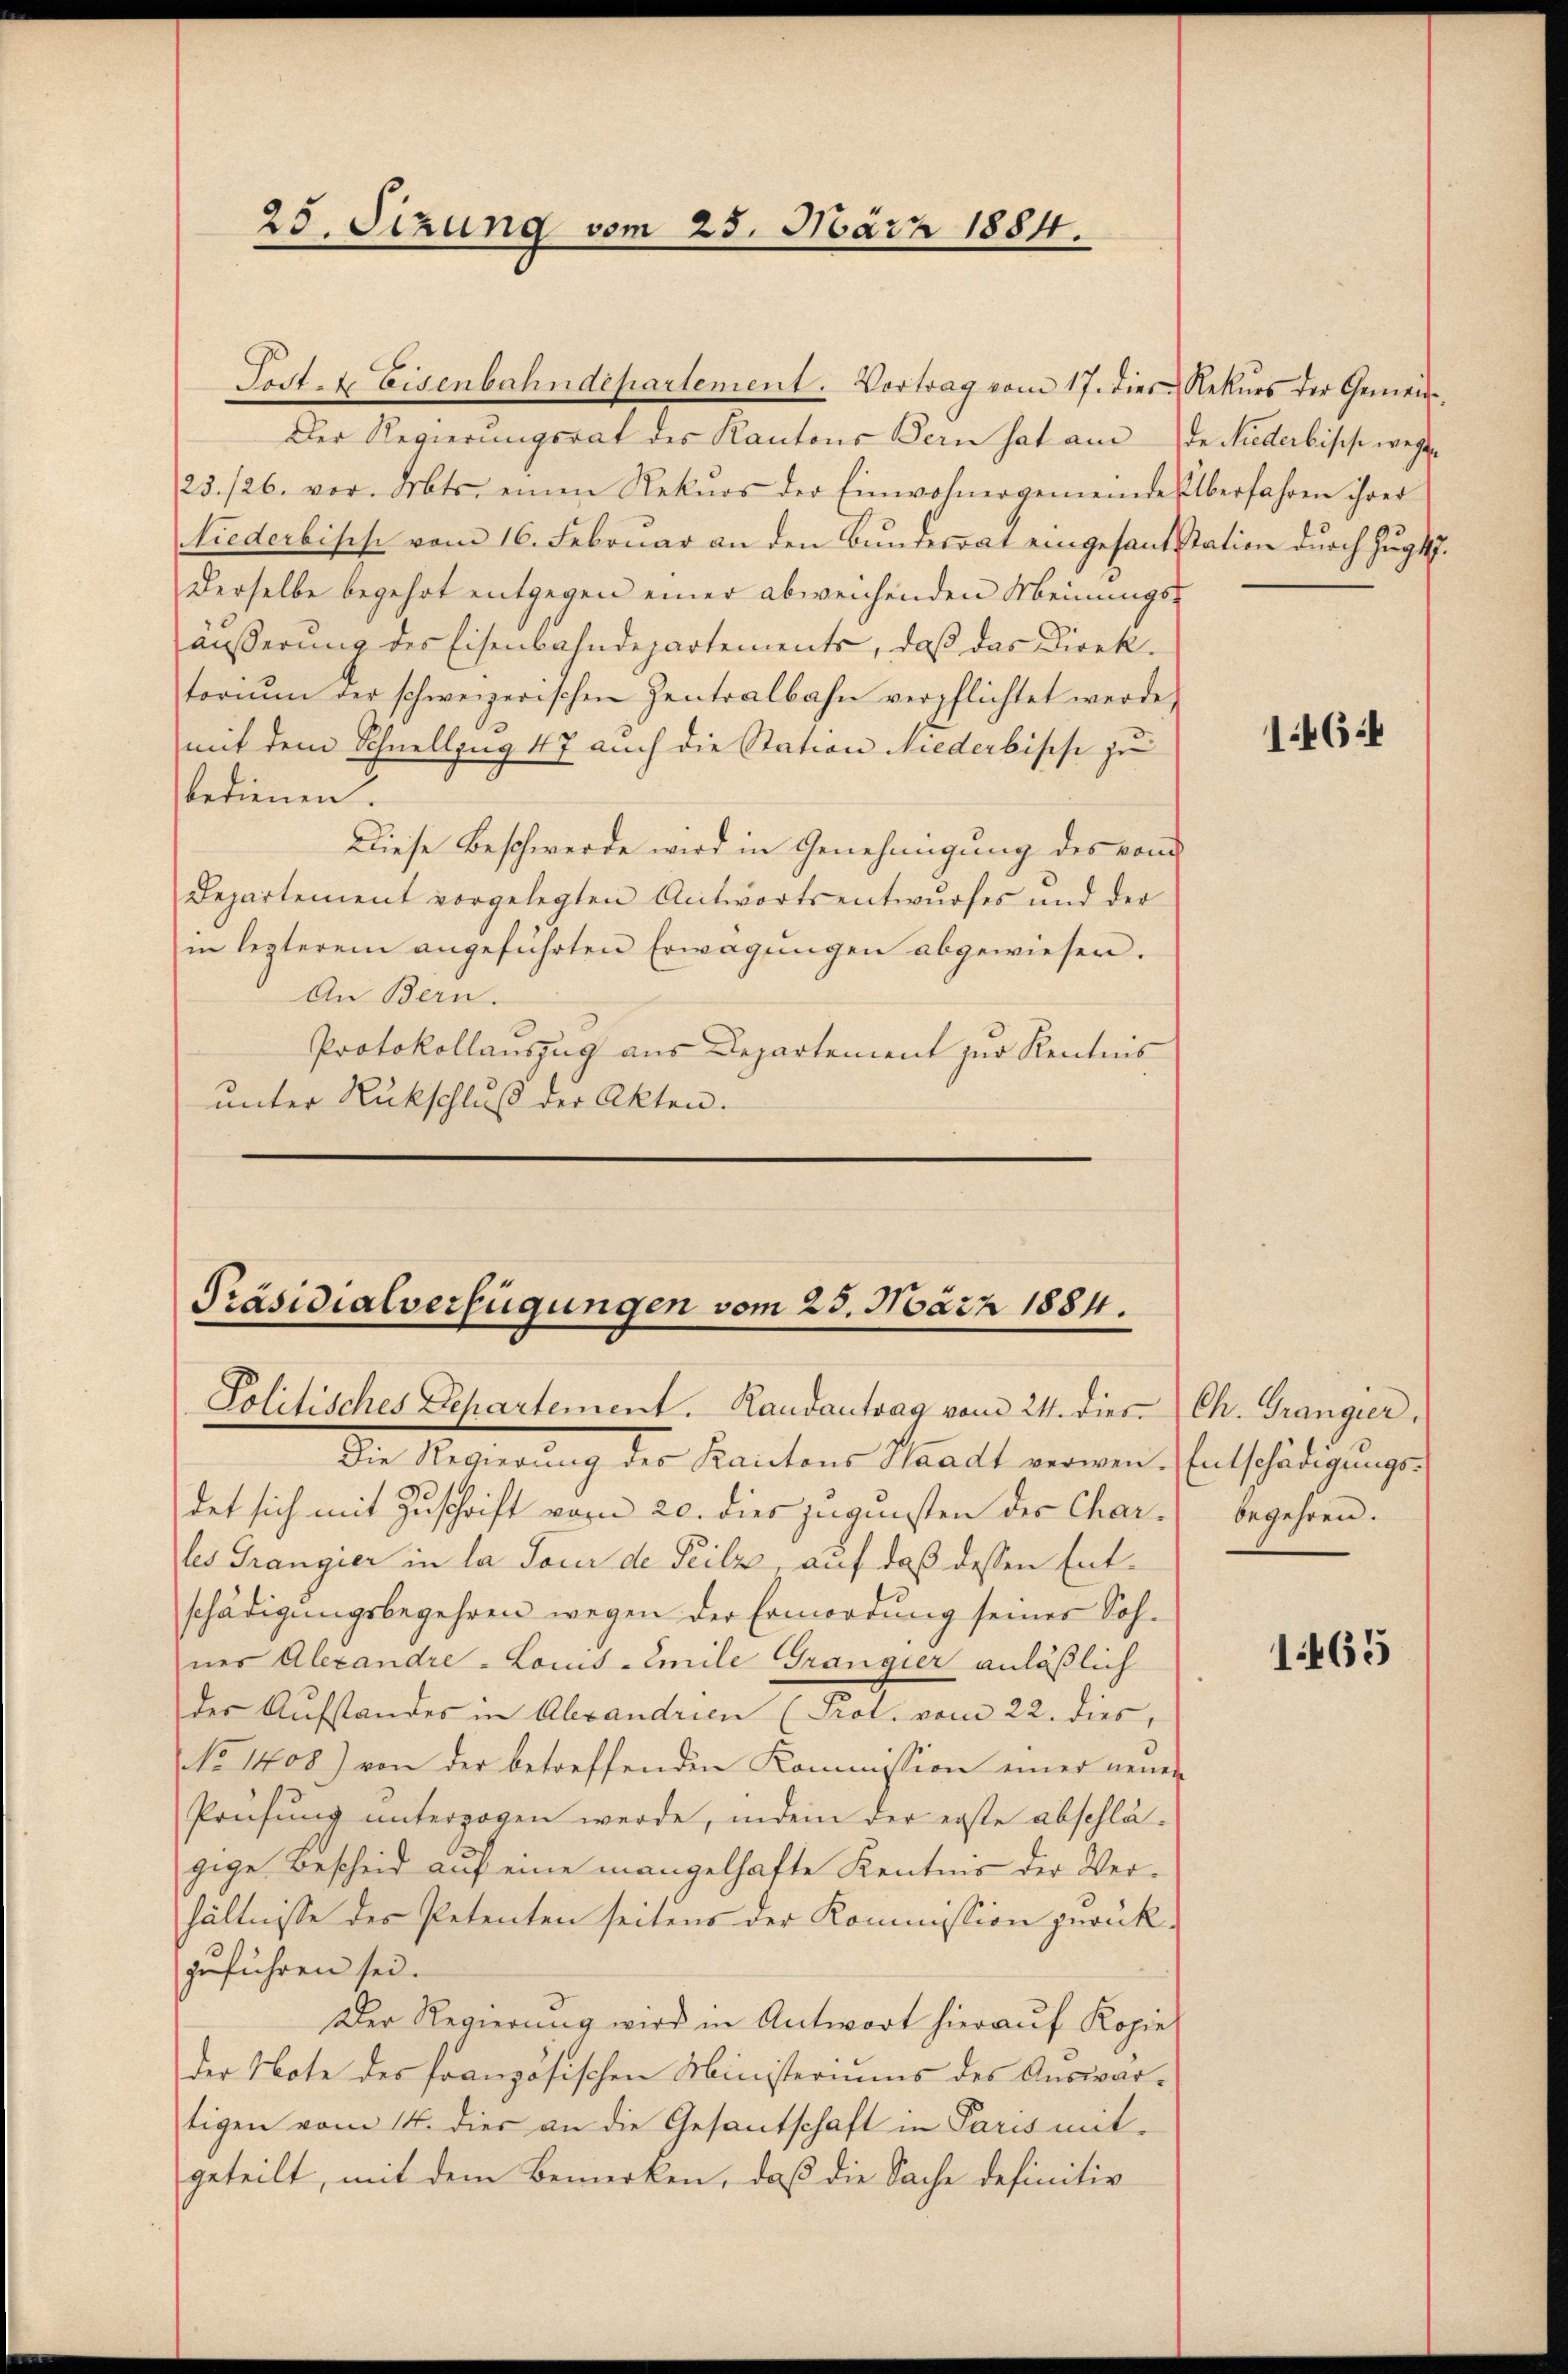
25. Sizung vom 25. März 1884.

Der Regierungsrat des Kantons Bern hat am
23./26. vor. Orts einen Rekŭrs der Einwohnergemeinde Überfahren ihrer
Niederbische vom 16. Februar an den Bŭndesrat eingesandt
derselbe begehrt entgegen einer abweichenden Meinungs-
äusserung des Eisenbahndepartements, daβ das Direktoriŭm der schweizerischen Zentralbahn verpflichtet werde,
mit dem Schnellzug 17 auch die Station Niederbische zu
bedienen.
Diese Beschwerde wird in Genehmigung des vom
Departement vorgelegten Antwortsentwurfes und der
in lezterem angeführten Erwägungen abgewiesen.
An Bern.
Protokollauszug aus Departement zur Kenntnis
unter Rückschluß der Akten.

Lat. Eisenbahndepartement. Vortrag vom 17. dies Rekŭrs der Gemein¬

Präsidialverfügungen vom 25. März 1884.
Solitisches Departement. Landantrag vom 24. dies Ch. Grangier,

Die Regierŭng des Kantons Staadt verwen-Entschädigungsdet sich mit Zŭschrift vom 20. dies zŭgŭnsten der Char. begehren.
les Grangier in la Tour de Teilz, auf daß dessen Entschädigungsbegehren wegen der Ermordung seines Sohnes Alexandre - Lois-Emile Grangier anläßlich
der Aufstandes in Abrandrien (Prol. vom 22. dies,
No 1408) von der betreffenden Kommission einer neuen
Prüfung unterzogen werde, indem der erste abschlägige Bescheid auf eine mangelhafte Kentnis der Verhältnisse des Petenten seitens der Kommission gerückzuführen sei.
Der Regierung wird in Antwort hierauf Kopie
der Note des französischen Ministeriums des Auswartigen vom 14. dies an die Gesantschaft in Paris mit
geteilt, mit dem Bemerken, daß die Sache definitiv

de Niederbische weg
Nation durch Zugt.

d

1464

1465